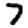
Digit: 7